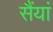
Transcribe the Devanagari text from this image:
सैंयां